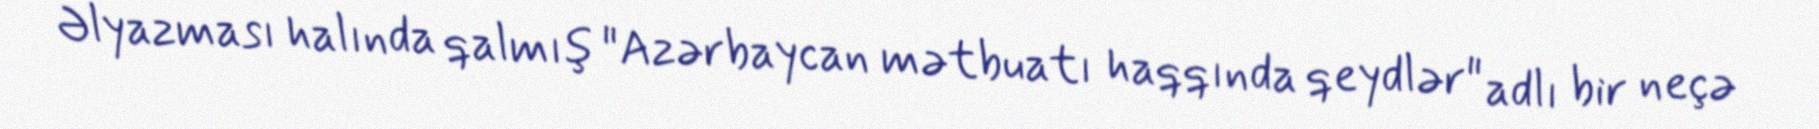
Əlyazması halında qalmış "Azərbaycan mətbuatı haqqında qeydlər" adlı bir neçə